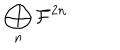
\bigoplus _ { n } { \cal F } ^ { 2 n }